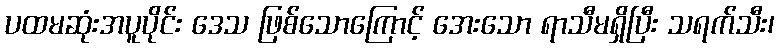
ပထမဆုံးအပူပိုင်း ဒေသ ဖြစ်သောကြောင့် အေးသော ရာသီမရှိပြီး သရက်သီး၊